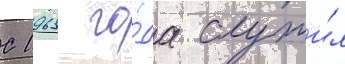
С 1963 го́да служи́л